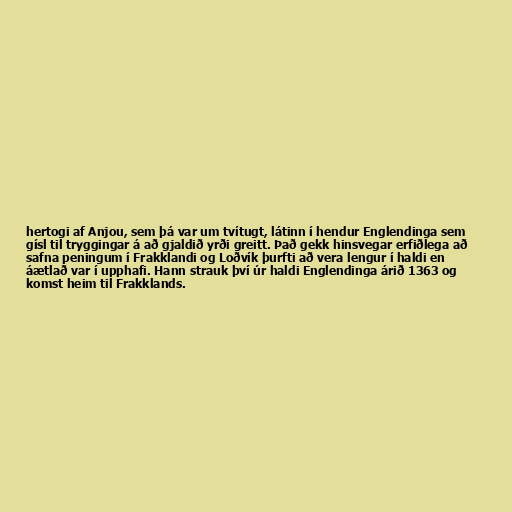
hertogi af Anjou, sem þá var um tvítugt, látinn í hendur Englendinga sem
gísl til tryggingar á að gjaldið yrði greitt. Það gekk hinsvegar erfiðlega að
safna peningum í Frakklandi og Loðvík þurfti að vera lengur í haldi en
áætlað var í upphafi. Hann strauk því úr haldi Englendinga árið 1363 og
komst heim til Frakklands.